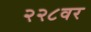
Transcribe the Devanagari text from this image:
२२८वर